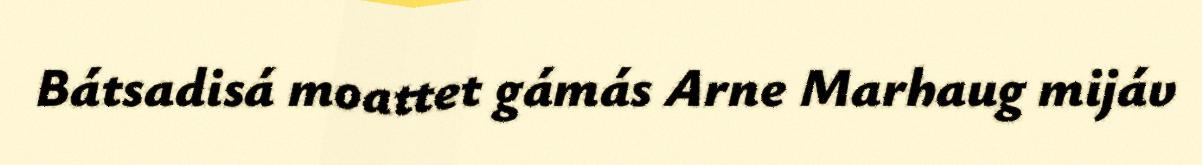
Bátsadisá moattet gámás Arne Marhaug mijáv